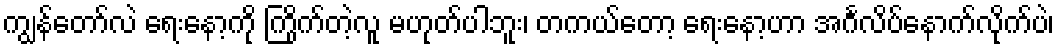
ကျွန်တော်လဲ ရေးနော့ကို ကြိုက်တဲ့လူ မဟုတ်ပါဘူး၊ တကယ်တော့ ရေးနော့ဟာ အင်္ဂလိပ်နောက်လိုက်ပဲ၊